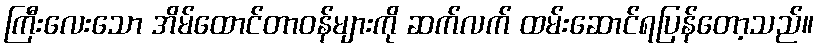
ကြီးလေးသော အိမ်ထောင်တာဝန်များကို ဆက်လက် ထမ်းဆောင်ရပြန်တော့သည်။